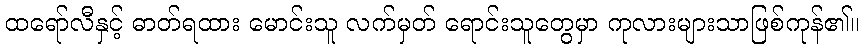
ထရော်လီနှင့် ဓာတ်ရထား မောင်းသူ လက်မှတ် ရောင်းသူတွေမှာ ကုလားများသာဖြစ်ကုန်၏။